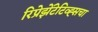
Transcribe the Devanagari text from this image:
रिप्रेझेंटेटिव्ह्सचा